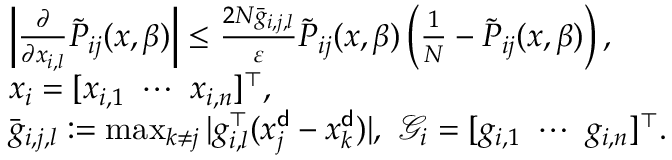
\begin{array} { r l } & { \left| \frac { \partial } { \partial x _ { i , l } } \tilde { P } _ { i j } ( x , \beta ) \right| \le \frac { 2 N \bar { g } _ { i , j , l } } { \varepsilon } \tilde { P } _ { i j } ( x , \beta ) \left( \frac { 1 } { N } - \tilde { P } _ { i j } ( x , \beta ) \right) , } \\ & { x _ { i } = [ x _ { i , 1 } \ \cdots \ x _ { i , n } ] ^ { \top } , } \\ & { \bar { g } _ { i , j , l } : = \operatorname* { m a x } _ { k \neq j } | g _ { i , l } ^ { \top } ( x _ { j } ^ { \sf d } - x _ { k } ^ { \sf d } ) | , \ { \mathcal G } _ { i } = [ g _ { i , 1 } \ \cdots \ g _ { i , n } ] ^ { \top } . } \end{array}